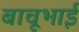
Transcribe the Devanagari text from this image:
बाचूभाई